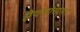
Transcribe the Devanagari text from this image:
ऐयनारिदनार